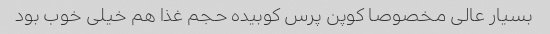
بسیار عالی مخصوصا کوپن پرس کوبیده حجم غذا هم خیلی خوب بود